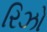
રિઝો